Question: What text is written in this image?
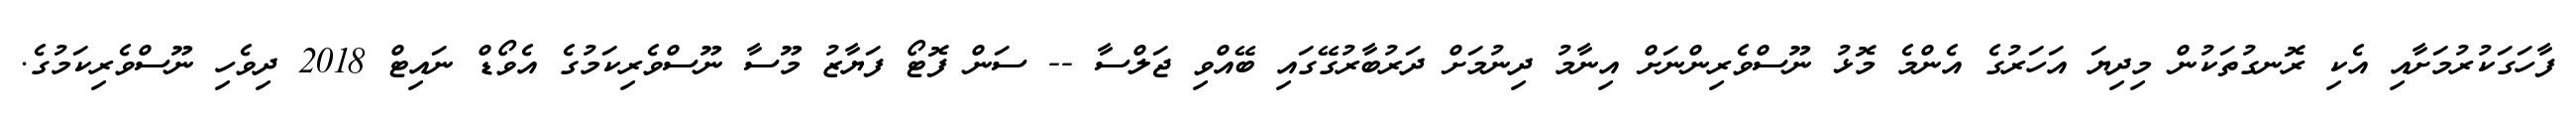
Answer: ފާހަގަކުރުމަށާއި އެކި ރޮނގުތަކުން މިދިޔަ އަހަރުގެ އެންމެ މޮޅު ނޫސްވެރިންނަށް އިނާމު ދިނުމަށް ދަރުބާރުގޭގައި ބޭއްވި ޖަލްސާ -- ސަން ފޮޓޯ ފަޔާޒު މޫސާ ނޫސްވެރިކަމުގެ އެވޯޑް ނައިޓް 2018 ދިވެހި ނޫސްވެރިކަމުގެ.